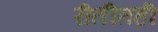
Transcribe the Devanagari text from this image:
रीतीतही